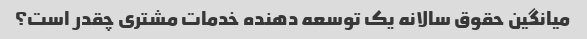
میانگین حقوق سالانه یک توسعه دهنده خدمات مشتری چقدر است؟